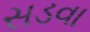
સડવા